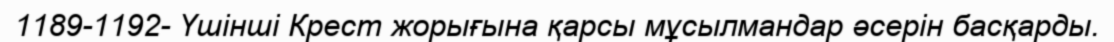
1189-1192- Үшінші Крест жорығына қарсы мұсылмандар әсерін басқарды.